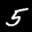
Label: 5